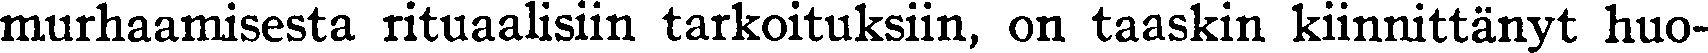
murhaamisesta rituaalisiin tarkoituksiin, on taaskin kiinnittänyt huo-